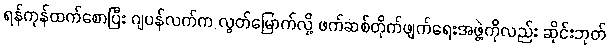
ရန်ကုန်ထက်စောပြီး ဂျပန်လက်က လွတ်မြောက်လို့ ဖက်ဆစ်တိုက်ဖျက်ရေးအဖွဲ့ကိုလည်း ဆိုင်းဘုတ်